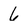
Character: 6